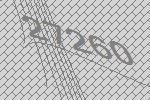
27260